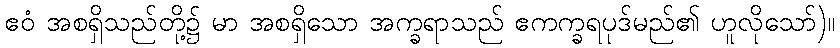
ဧဝံ အစရှိသည်တို့၌ မာ အစရှိသော အက္ခရာသည် ဧကက္ခရပုဒ်မည်၏ ဟူလိုသော်)။